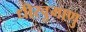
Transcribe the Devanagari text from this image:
धीरवुमाणु